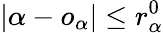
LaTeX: \left|\alpha-o_{\alpha}\right|\leq r_{\alpha}^{0}